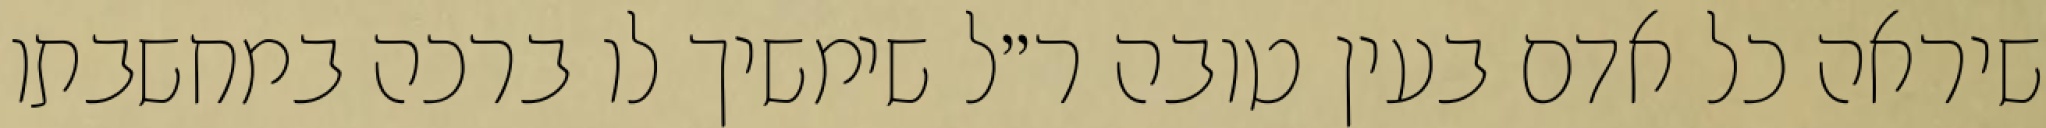
שיראה כל אדם בעין טובה ר״ל שימשיך לו ברכה במחשבתו